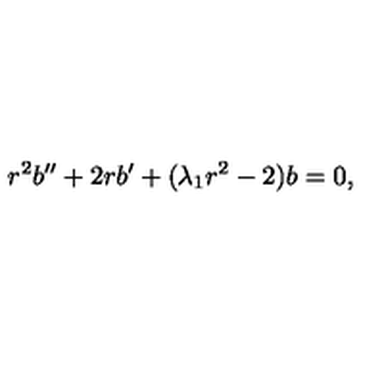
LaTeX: r ^ { 2 } b ^ { \prime \prime } + 2 r b ^ { \prime } + ( \lambda _ { 1 } r ^ { 2 } - 2 ) b = 0 ,